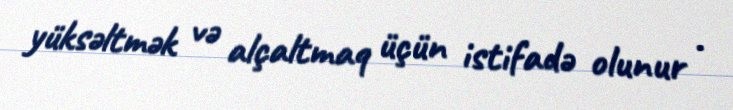
yüksəltmək və alçaltmaq üçün istifadə olunur .